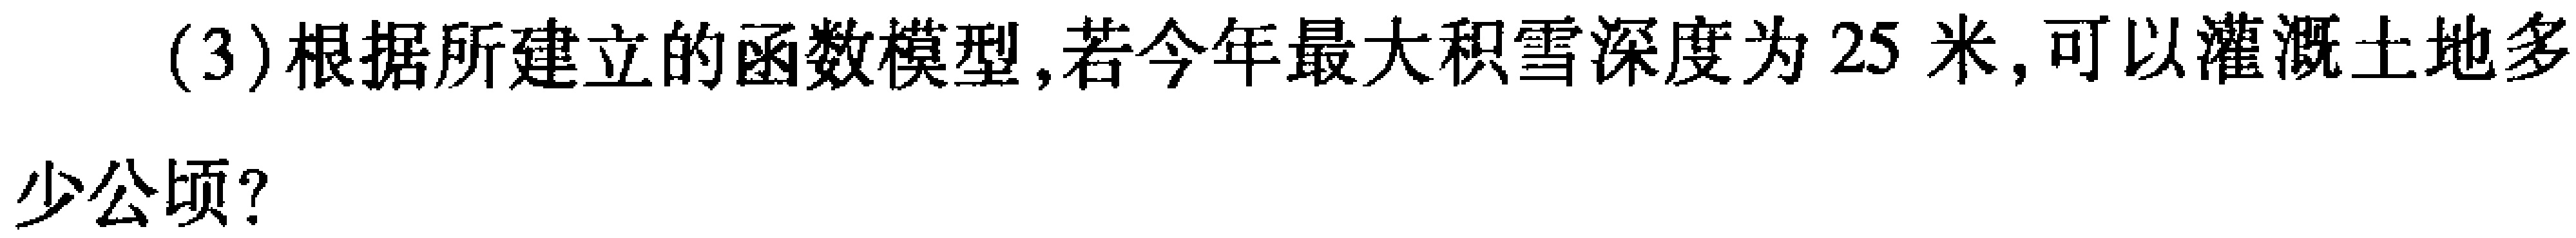
(3)根据所建立的函数模型,若今年最大积雪深度为$25$米,可以灌溉土地多少公顷？